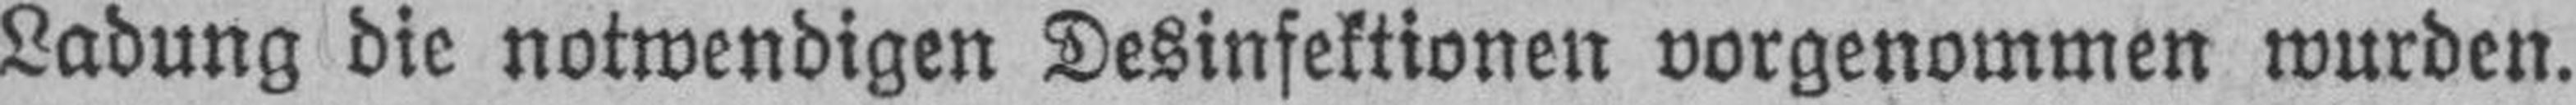
Ladung die notwendigen Desinfektionen vorgenommen wurden.